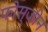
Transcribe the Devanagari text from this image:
फोस्जीन